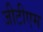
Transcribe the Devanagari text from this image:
जीटीएम